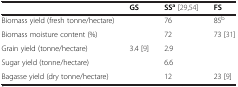
|  | GS | SSa[29,54] | FS |
 | --- | --- | --- | --- |
 | Biomass yield (fresh tonne/hectare) |  | 76 | 85b |
 | Biomass moisture content (%) |  | 72 | 73 [31] |
 | Grain yield (tonne/hectare) | 3.4 [9] | 2.9 |  |
 | Sugar yield (tonne/hectare) |  | 6.6 |  |
 | Bagasse yield (dry tonne/hectare) |  | 12 | 23 [9] |